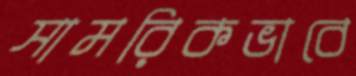
সামরিকভাবে